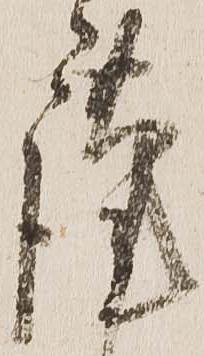
謹